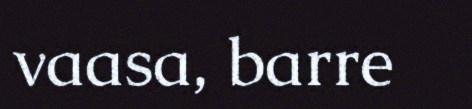
vaasa, barre